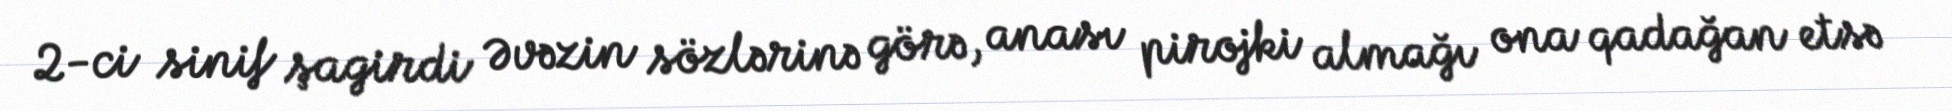
2-ci sinif şagirdi Əvəzin sözlərinə görə, anası pirojki almağı ona qadağan etsə